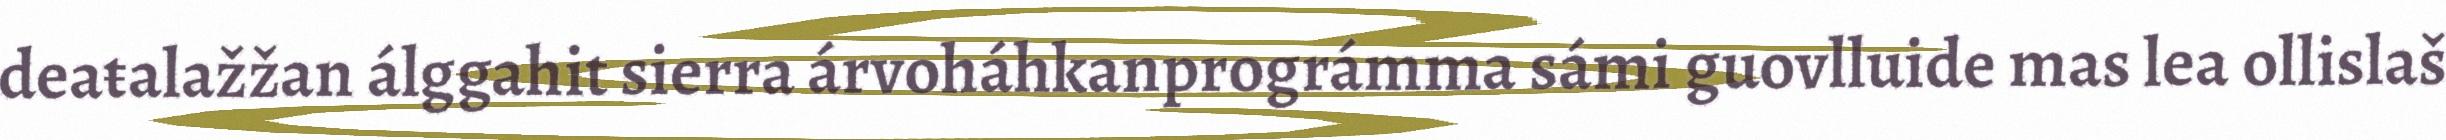
deaŧalažžan álggahit sierra árvoháhkanprográmma sámi guovlluide mas lea ollislaš